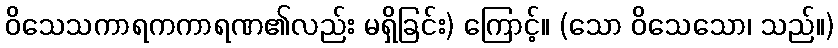
ဝိသေသကာရကကာရဏ၏လည်း မရှိခြင်း) ကြောင့်။ (သော ဝိသေသော၊ သည်။)